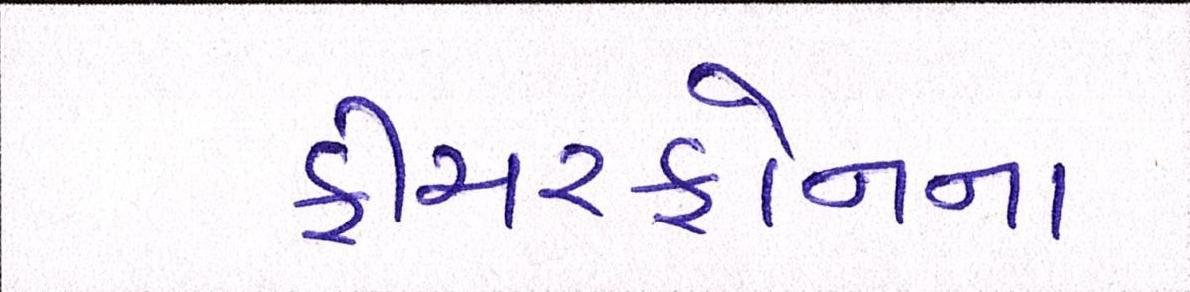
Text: ફીચરફોનના